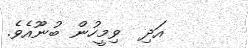
އަދި  ވިމީހުން ބުނޫއެވެ.